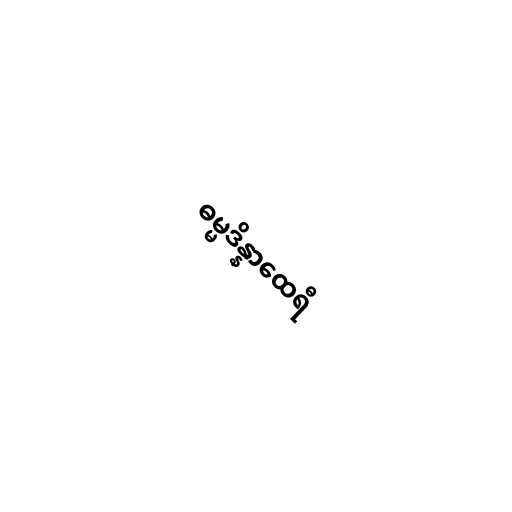
ဓမ္မဒိန္နာထေရီ